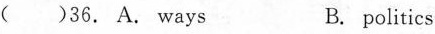
( )36. A. Ways B. politics